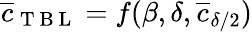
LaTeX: \overline{{c}}_{\mathrm{~T~B~L~}}=f(\beta,\delta,\overline{{c}}_{\delta/2})